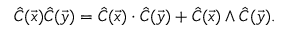
\hat { C } ( \vec { x } ) \hat { C } ( \vec { y } ) = \hat { C } ( \vec { x } ) \cdot \hat { C } ( \vec { y } ) + \hat { C } ( \vec { x } ) \wedge \hat { C } ( \vec { y } ) .